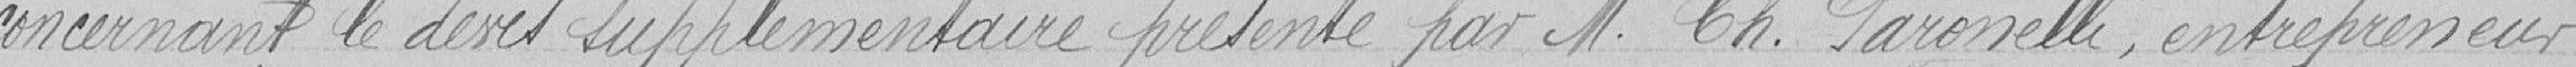
concernant le devis supplémentaire présenté par Monsieur Ch. PARONELLI, entrepreneur,